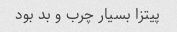
پیتزا بسیار چرب و بد بود